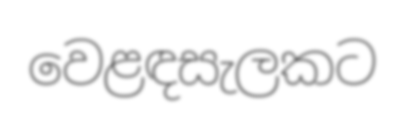
වෙළඳසැලකට